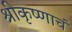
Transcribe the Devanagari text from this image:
श्रीकृष्णाचं